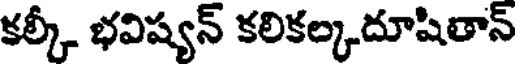
కల్కీ భవిష్యన్ కలికల్కదూషితాన్